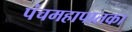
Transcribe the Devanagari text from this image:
पंचमहापातका